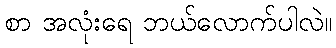
စာ အလုံးရေ ဘယ်လောက်ပါလဲ။